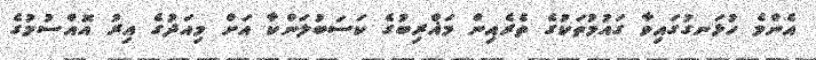
އެންމެ ހުޅަނގުގައިވާ ގައުމުތަކުގެ ތެރެއިން މަޣްރިބުގެ ކަސަބުލަންކާ އަށް މިއަދުގެ އިރު އޮއްސުމުގެ